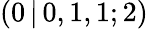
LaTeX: (0\, |\, 0,1,1;2)